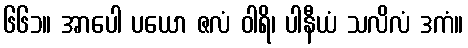
၆၆၁။ အာပေါ ပယော ဇလံ ဝါရိ၊ ပါနီယံ သလိလံ ဒကံ။